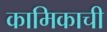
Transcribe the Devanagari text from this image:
कामिकाची